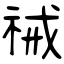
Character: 祴